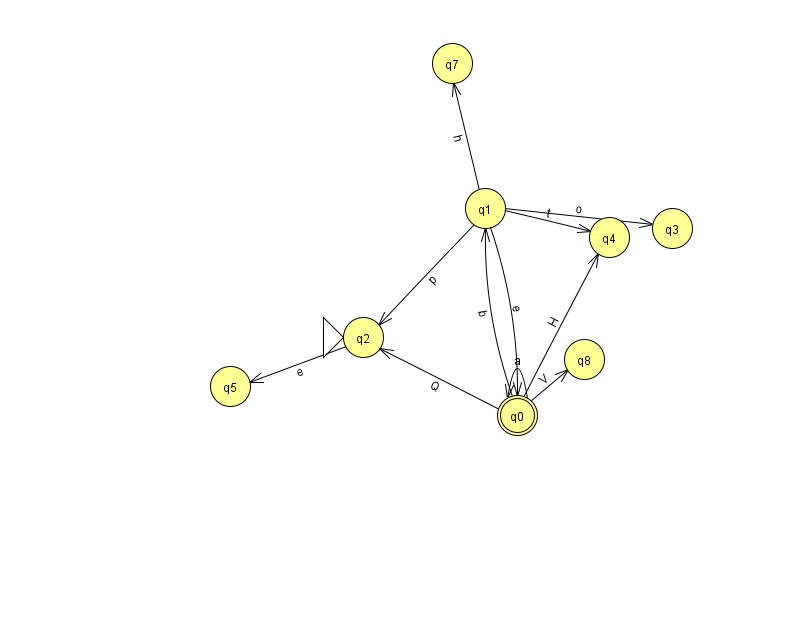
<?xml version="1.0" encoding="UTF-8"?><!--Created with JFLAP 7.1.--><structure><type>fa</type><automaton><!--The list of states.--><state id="0" name="q0"><x>517.0</x><y>402.0</y><final/></state><state id="1" name="q1"><x>485.0</x><y>195.0</y></state><state id="2" name="q2"><x>363.0</x><y>324.0</y><initial/></state><state id="3" name="q3"><x>672.0</x><y>215.0</y></state><state id="4" name="q4"><x>609.0</x><y>224.0</y></state><state id="5" name="q5"><x>230.0</x><y>373.0</y></state><state id="7" name="q7"><x>452.0</x><y>50.0</y></state><state id="8" name="q8"><x>584.0</x><y>346.0</y></state><!--The list of transitions.--><transition><from>0</from><to>4</to><read>H</read></transition><transition><from>0</from><to>0</to><read>a</read></transition><transition><from>0</from><to>1</to><read>b</read></transition><transition><from>1</from><to>0</to><read>e</read></transition><transition><from>0</from><to>8</to><read>V</read></transition><transition><from>0</from><to>2</to><read>Q</read></transition><transition><from>1</from><to>2</to><read>p</read></transition><transition><from>1</from><to>4</to><read>t</read></transition><transition><from>1</from><to>3</to><read>o</read></transition><transition><from>1</from><to>7</to><read>h</read></transition><transition><from>2</from><to>5</to><read>e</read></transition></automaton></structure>